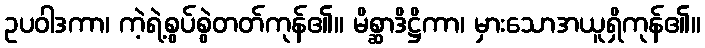
ဥပဝါဒကာ၊ ကဲ့ရဲ့စွပ်စွဲတတ်ကုန်၏။ မိစ္ဆာဒိဋ္ဌိကာ၊ မှားသောအယူရှိကုန်၏။